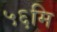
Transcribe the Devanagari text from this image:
५६मि